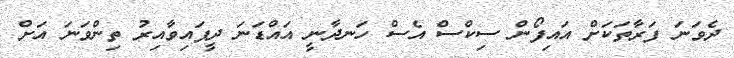
ދެވަނަ ފަރާތަކަށް އައިފޯން ސިކްސް އެސް ހަނދާނީ އައްޑަނަ ދީފައިވާއިރު ތިންވަނަ އަށް